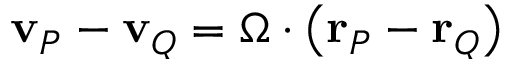
\mathbf { v } _ { P } - \mathbf { v } _ { Q } = { \Omega } \cdot \left( \mathbf { r } _ { P } - \mathbf { r } _ { Q } \right)